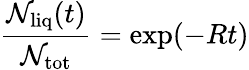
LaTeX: \frac{\mathcal{N}_{\mathrm{liq}}(t)}{\mathcal{N}_{\mathrm{tot}}}=\exp(-Rt)